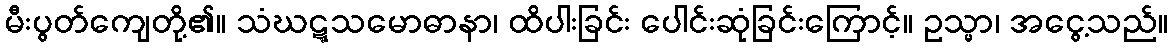
မီးပွတ်ကျေတို့၏။ သံဃဋ္ဋသမောဓာနာ၊ ထိပါးခြင်း ပေါင်းဆုံခြင်းကြောင့်။ ဥသ္မာ၊ အငွေ့သည်။